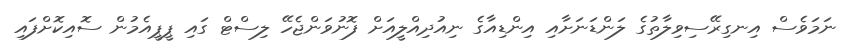
ނަމަވެސް އިނގިރޭސިވިލާތުގެ ލަންޑަނަށާއި އިންޑިއާގެ ނިއުދިއްލީއަށް ފޮނުވަންޖެހޭ ލިސްޓް ގައި ޕީޕީއެމުން ސޮއިކޮށްފައި